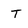
Character: T